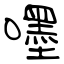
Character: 嚜